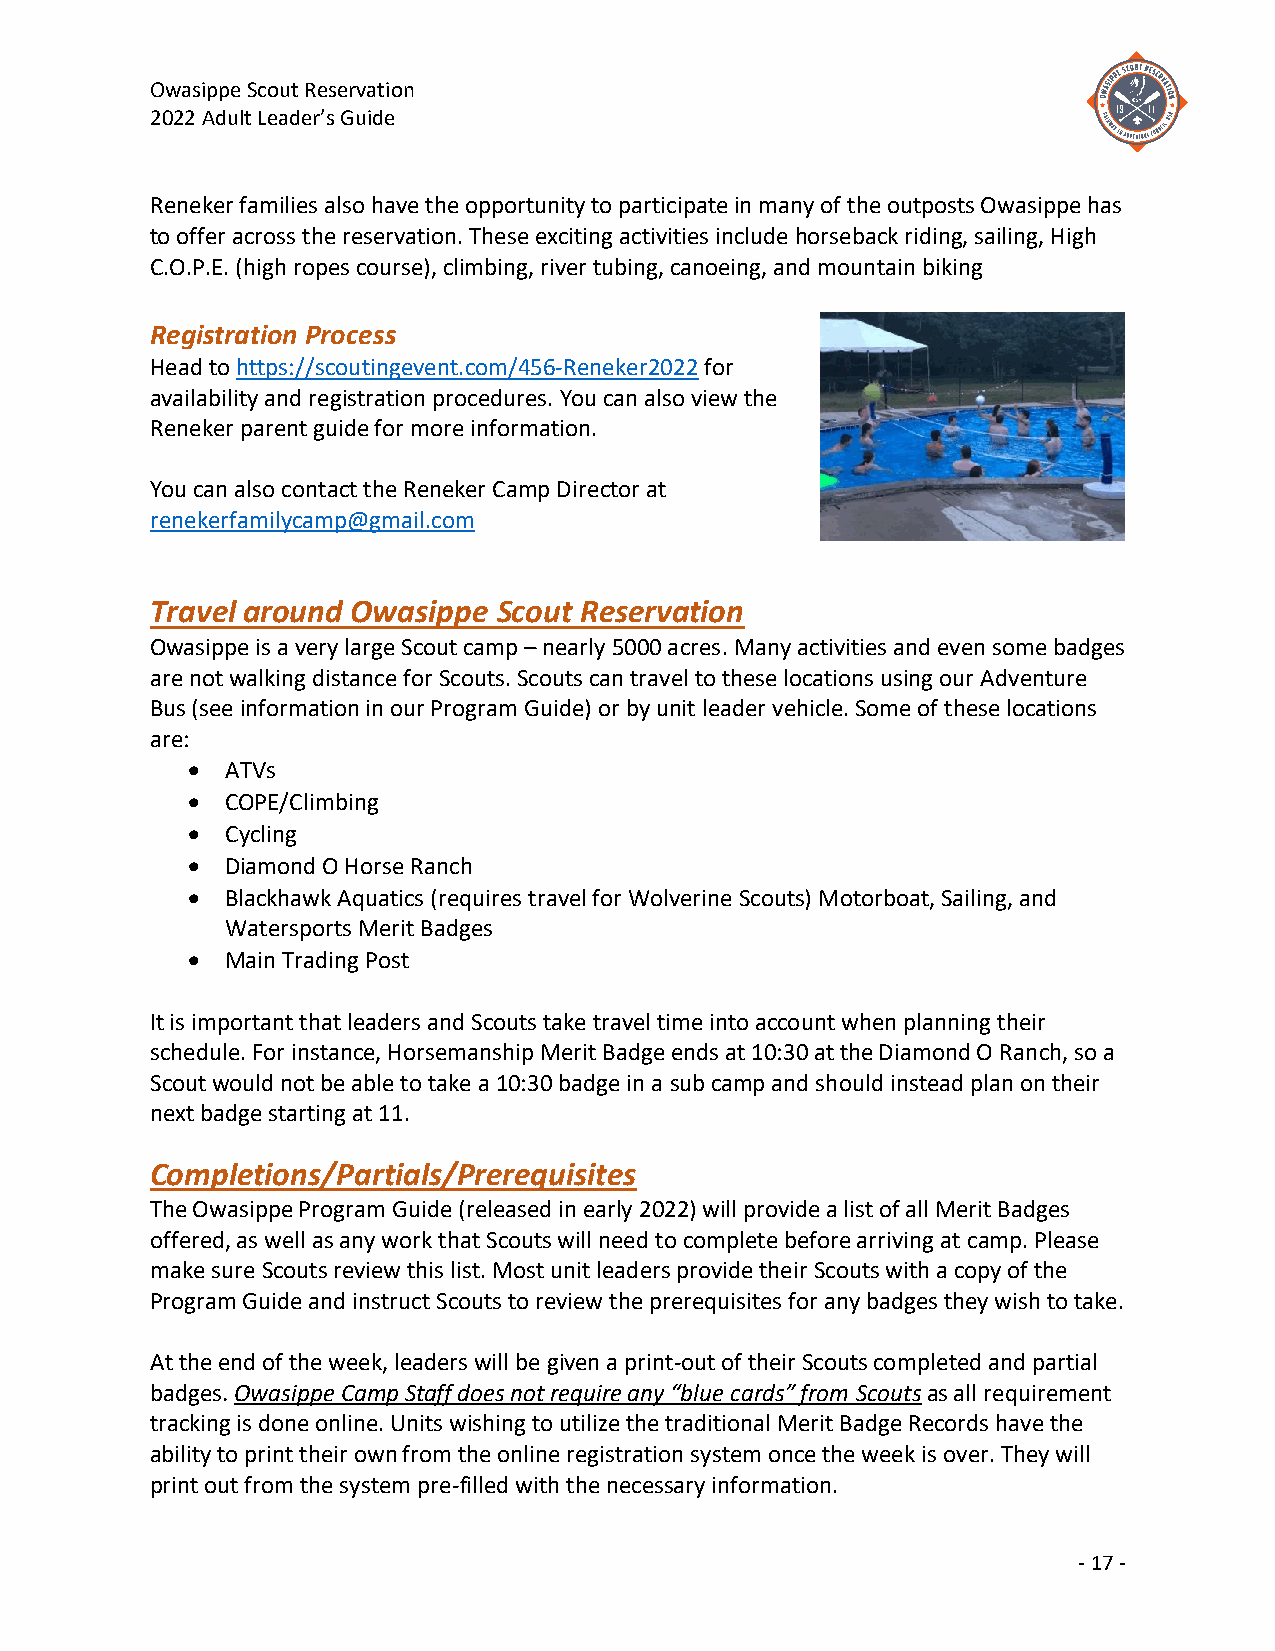
Owasippe Scout Reservation
 2022 Adult Leader’s Guide
 Reneker families also have the opportunity to participate in many of the outposts Owasippe has
 to offer across the reservation. These exciting activities include horseback riding, sailing, High
 C.O.P.E. (high ropes course), climbing, river tubing, canoeing, and mountain biking
 Registration Process
 Head to https://scoutingevent.com/456-Reneker2022 for
 availability and registration procedures. You can also view the
 Reneker parent guide for more information.
 You can also contact the Reneker Camp Director at
 renekerfamilycamp@gmail.com
 Travel around Owasippe Scout Reservation
 Owasippe is a very large Scout camp – nearly 5000 acres. Many activities and even some badges
 are not walking distance for Scouts. Scouts can travel to these locations using our Adventure
 Bus (see information in our Program Guide) or by unit leader vehicle. Some of these locations
 are:
 •  ATVs
 •  COPE/Climbing
 •  Cycling
 •  Diamond O Horse Ranch
 •  Blackhawk Aquatics (requires travel for Wolverine Scouts) Motorboat, Sailing, and
 Watersports Merit Badges
 •  Main Trading Post
 It is important that leaders and Scouts take travel time into account when planning their
 schedule. For instance, Horsemanship Merit Badge ends at 10:30 at the Diamond O Ranch, so a
 Scout would not be able to take a 10:30 badge in a sub camp and should instead plan on their
 next badge starting at 11.
 Completions/Partials/Prerequisites
 The Owasippe Program Guide (released in early 2022) will provide a list of all Merit Badges
 offered, as well as any work that Scouts will need to complete before arriving at camp. Please
 make sure Scouts review this list. Most unit leaders provide their Scouts with a copy of the
 Program Guide and instruct Scouts to review the prerequisites for any badges they wish to take.
 At the end of the week, leaders will be given a print-out of their Scouts completed and partial
 badges. Owasippe Camp Staff does not require any “blue cards” from Scouts as all requirement
 tracking is done online. Units wishing to utilize the traditional Merit Badge Records have the
 ability to print their own from the online registration system once the week is over. They will
 print out from the system pre-filled with the necessary information.
 - 17 -